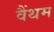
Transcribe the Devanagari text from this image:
वैंथम